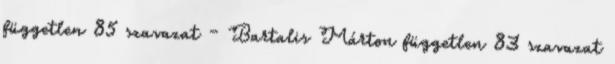
független 85 szavazat – Bartalis Márton független 83 szavazat